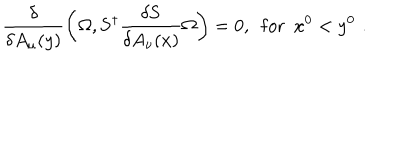
\frac { \delta } { \delta A _ { \mu } ( y ) } \left( \Omega , { \bf S } ^ { \dagger } \frac { \delta { \bf S } } { \delta A _ { \nu } ( x ) } \Omega \right) = 0 , \, \, \, \mathrm { f o r } \, \, \, x ^ { 0 } < y ^ { 0 } \, \, .